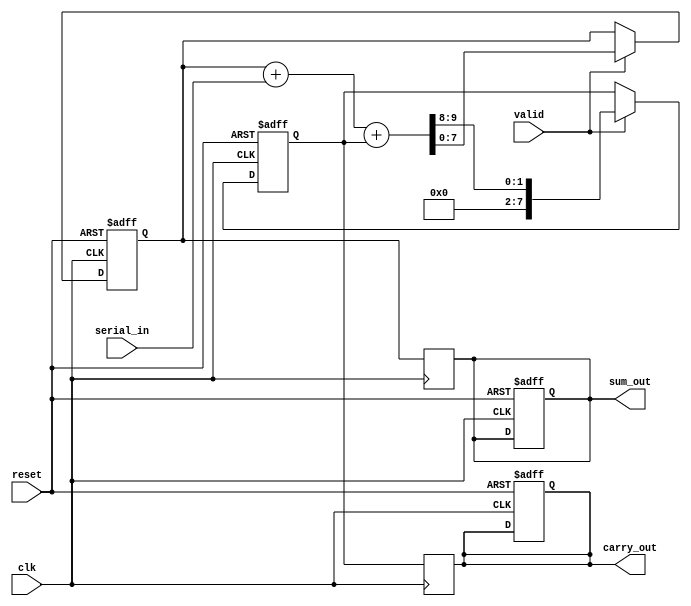
module carry_save_adder (
    input wire clk,                // Clock signal
    input wire reset,              // Reset signal
    input wire serial_in,          // Serial input bit
    input wire valid,              // Valid signal to indicate valid input
    output reg [N-1:0] sum_out,    // Output sum
    output reg [N-1:0] carry_out    // Output carry
);
    parameter N = 8; // Number of bits for the sum and carry outputs

    reg [N-1:0] sum;               // Partial sum accumulator
    reg [N-1:0] carry;             // Partial carry accumulator

    always @(posedge clk or posedge reset) begin
        if (reset) begin
            sum <= 0;
            carry <= 0;
            sum_out <= 0;
            carry_out <= 0;
        end else if (valid) begin
            // Calculate new sum and carry
            {carry, sum} <= {1'b0, sum} + {1'b0, serial_in} + {1'b0, carry};
        end
    end

    // Final output assignment
    always @(posedge clk) begin
        sum_out <= sum;
        carry_out <= carry;
    end

endmodule